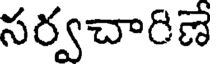
సర్వచారిణే